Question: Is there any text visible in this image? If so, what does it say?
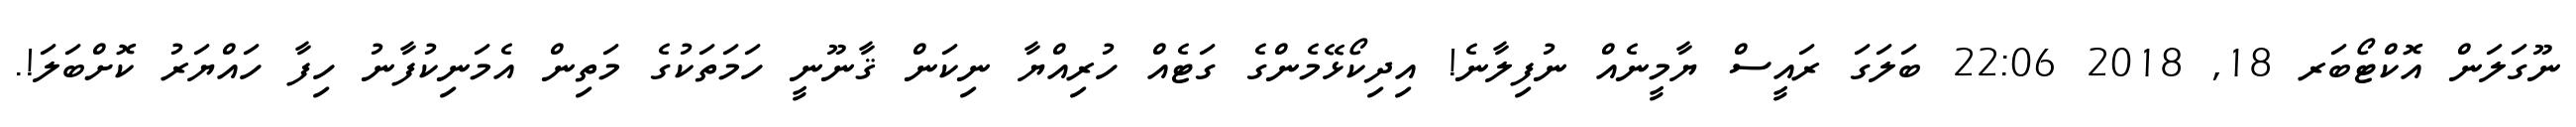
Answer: ނޫގަލަން އޮކްޓޯބަރ 18, 2018 22:06 ބަލަގަ ރައީސް ޔާމީނެއް ނުފިލާނެ! އިދިކޯޅޭމެންގެ ގަޓެއް ހުރިއްޔާ ނިކަން ޤާނޫނީ ހަމަތަކުގެ މަތިން އެމަނިކުފާނު ހިފާ ހައްޔަރު ކޮށްބަލަ!.